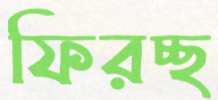
ফিরচ্ছ